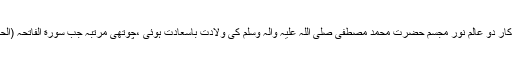
تیسری مرتبہ جب سرکار دو عالم نور مجسم حضرت محمد مصطفیٰ صلی اللہ علیہ والہ وسلم کی ولادت باسعادت ہوئی ،چوتھی مرتبہ جب سورة الفاتحہ (الحمد شریف) نازل ہوئی۔